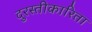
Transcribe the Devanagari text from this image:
दुरस्तीकारिता